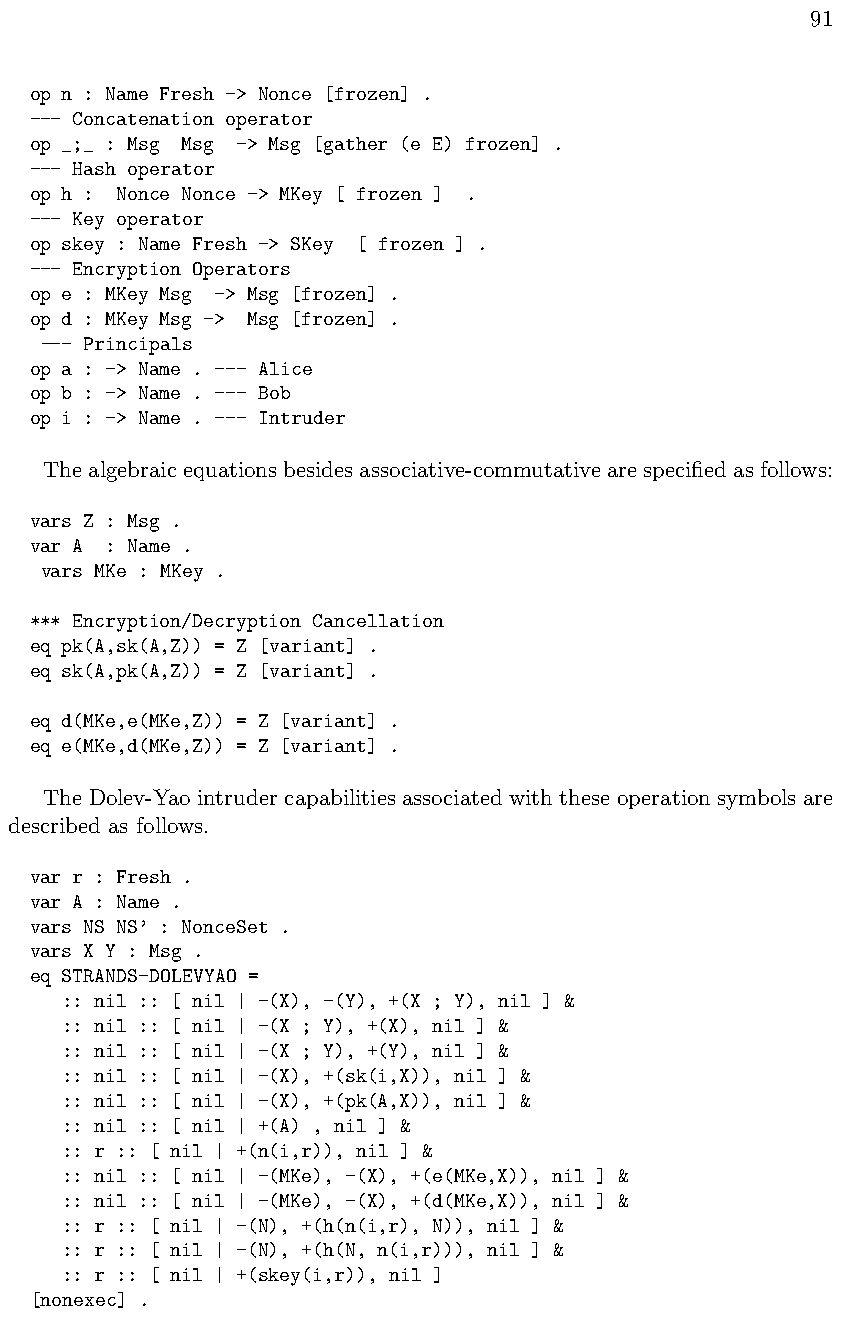
91
 op n : Name Fresh -> Nonce [frozen] .
 --- Concatenation operator
 op _;_ : Msg Msg -> Msg [gather (e E) frozen] .
 --- Hash operator
 op h : Nonce Nonce -> MKey [ frozen ] .
 --- Key operator
 op skey : Name Fresh -> SKey [ frozen ] .
 --- Encryption Operators
 op e : MKey Msg -> Msg [frozen] .
 op d : MKey Msg -> Msg [frozen] .
 --- Principals
 op a : -> Name . --- Alice
 op b : -> Name . --- Bob
 op i : -> Name . --- Intruder
 Thealgebraicequationsbesidesassociative-commutativearespecifiedasfollows:
 vars Z : Msg .
 var A : Name .
 vars MKe : MKey .
 *** Encryption/Decryption Cancellation
 eq pk(A,sk(A,Z)) = Z [variant] .
 eq sk(A,pk(A,Z)) = Z [variant] .
 eq d(MKe,e(MKe,Z)) = Z [variant] .
 eq e(MKe,d(MKe,Z)) = Z [variant] .
 The Dolev-Yao intruder capabilities associated with these operation symbols are
 described as follows.
 var r : Fresh .
 var A : Name .
 vars NS NS’ : NonceSet .
 vars X Y : Msg .
 eq STRANDS-DOLEVYAO =
 :: nil :: [ nil | -(X), -(Y), +(X ; Y), nil ] &
 :: nil :: [ nil | -(X ; Y), +(X), nil ] &
 :: nil :: [ nil | -(X ; Y), +(Y), nil ] &
 :: nil :: [ nil | -(X), +(sk(i,X)), nil ] &
 :: nil :: [ nil | -(X), +(pk(A,X)), nil ] &
 :: nil :: [ nil | +(A) , nil ] &
 :: r :: [ nil | +(n(i,r)), nil ] &
 :: nil :: [ nil | -(MKe), -(X), +(e(MKe,X)), nil ] &
 :: nil :: [ nil | -(MKe), -(X), +(d(MKe,X)), nil ] &
 :: r :: [ nil | -(N), +(h(n(i,r), N)), nil ] &
 :: r :: [ nil | -(N), +(h(N, n(i,r))), nil ] &
 :: r :: [ nil | +(skey(i,r)), nil ]
 [nonexec] .